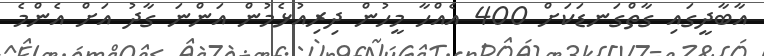
އާބާދީގައި ގާތްގަނޑަކަށް 400 އެއްހާ މީހުން ދިރިއުޅެމުން އަންނަ ގާދު އަށް އެންމެ